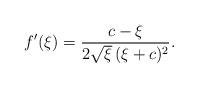
LaTeX: \begin{align*}f'(\xi ) = \frac{c-\xi }{2 \sqrt{\xi }\, (\xi +c)^2}.\end{align*}